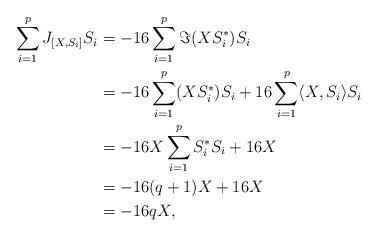
LaTeX: \begin{align*} \sum_{i=1}^{p}J_{[X,S_i]}S_i &= -16\sum_{i=1}^{p}\Im(XS_i^*)S_i\\ &= -16\sum_{i=1}^{p}(XS_i^*)S_i+16\sum_{i=1}^{p}\langle X,S_i\rangle S_i\\ &= -16X\sum_{i=1}^{p}S_i^*S_i + 16X\\ &= -16(q+1)X + 16X\\ &= -16qX,\end{align*}